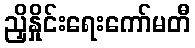
ညှိနှိုင်းရေးကော်မတီ